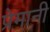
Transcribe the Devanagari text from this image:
प्रेमानी